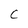
Character: C